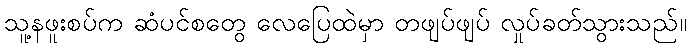
သူ့နဖူးစပ်က ဆံပင်စတွေ လေပြေထဲမှာ တဖျပ်ဖျပ် လှုပ်ခတ်သွားသည်။